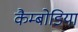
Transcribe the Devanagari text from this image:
कैम्बोडिया